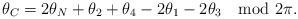
\begin{align*}\theta_C=2\theta_N+\theta_2+\theta_4-2\theta_1-2\theta_3\mod 2\pi. \end{align*}